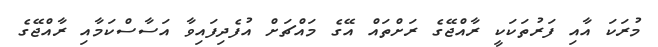
މުރަކަ އާއި ފަރުތަކަކީ ރާއްޖޭގެ ރަށްތައް އޭގެ މައްޗަށް އުފެދިފައިވާ އަސާސްކަމާއި ރާއްޖޭގެ